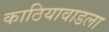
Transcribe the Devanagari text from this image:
काठियावाडला